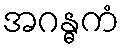
အဂန္ဓကံ